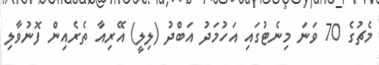
މެޗުގެ 70 ވަނަ މިނެޓުގައި އަހުމަދު އަބްދު (ލިލީ) އޭރިއާ ތެރެއިން ފޮނުވާލި